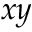
x y